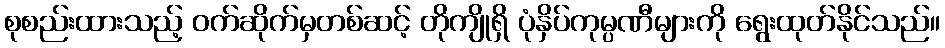
စုစည်းထားသည့် ဝက်ဆိုက်မှတစ်ဆင့် တိုကျိုရှိ ပုံနှိပ်ကုမ္ပဏီများကို ရွေးထုတ်နိုင်သည်။